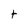
Character: t